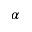
\alpha